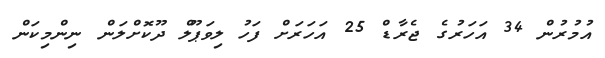
އުމުރުން 34 އަހަރުގެ ޖެރާޑް 25 އަހަރަށް ފަހު ލިވަޕޫލް ދޫކޮށްލަން ނިންމިކަން